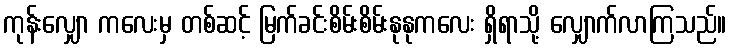
ကုန်းလျှော ကလေးမှ တစ်ဆင့် မြက်ခင်းစိမ်းစိမ်းနုနုကလေး ရှိရာသို့ လျှောက်လာကြသည်။